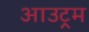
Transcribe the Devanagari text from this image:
आउट्रम